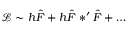
{ \mathcal L } \sim h \hat { F } + h \hat { F } \ast ^ { \prime } \hat { F } + \dots